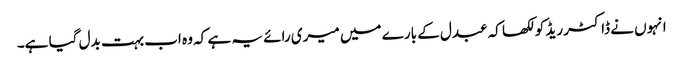
انہوں نے ڈاکٹر ریڈ کو لکھا کہ عبدل کے بارے میں میری رائے یہ ہے کہ وہ اب بہت بدل گیا ہے۔